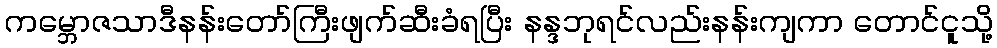
ကမ္ဘောဇသာဒီနန်းတော်ကြီးဖျက်ဆီးခံရပြီး နန္ဒဘုရင်လည်းနန်းကျကာ တောင်ငူသို့